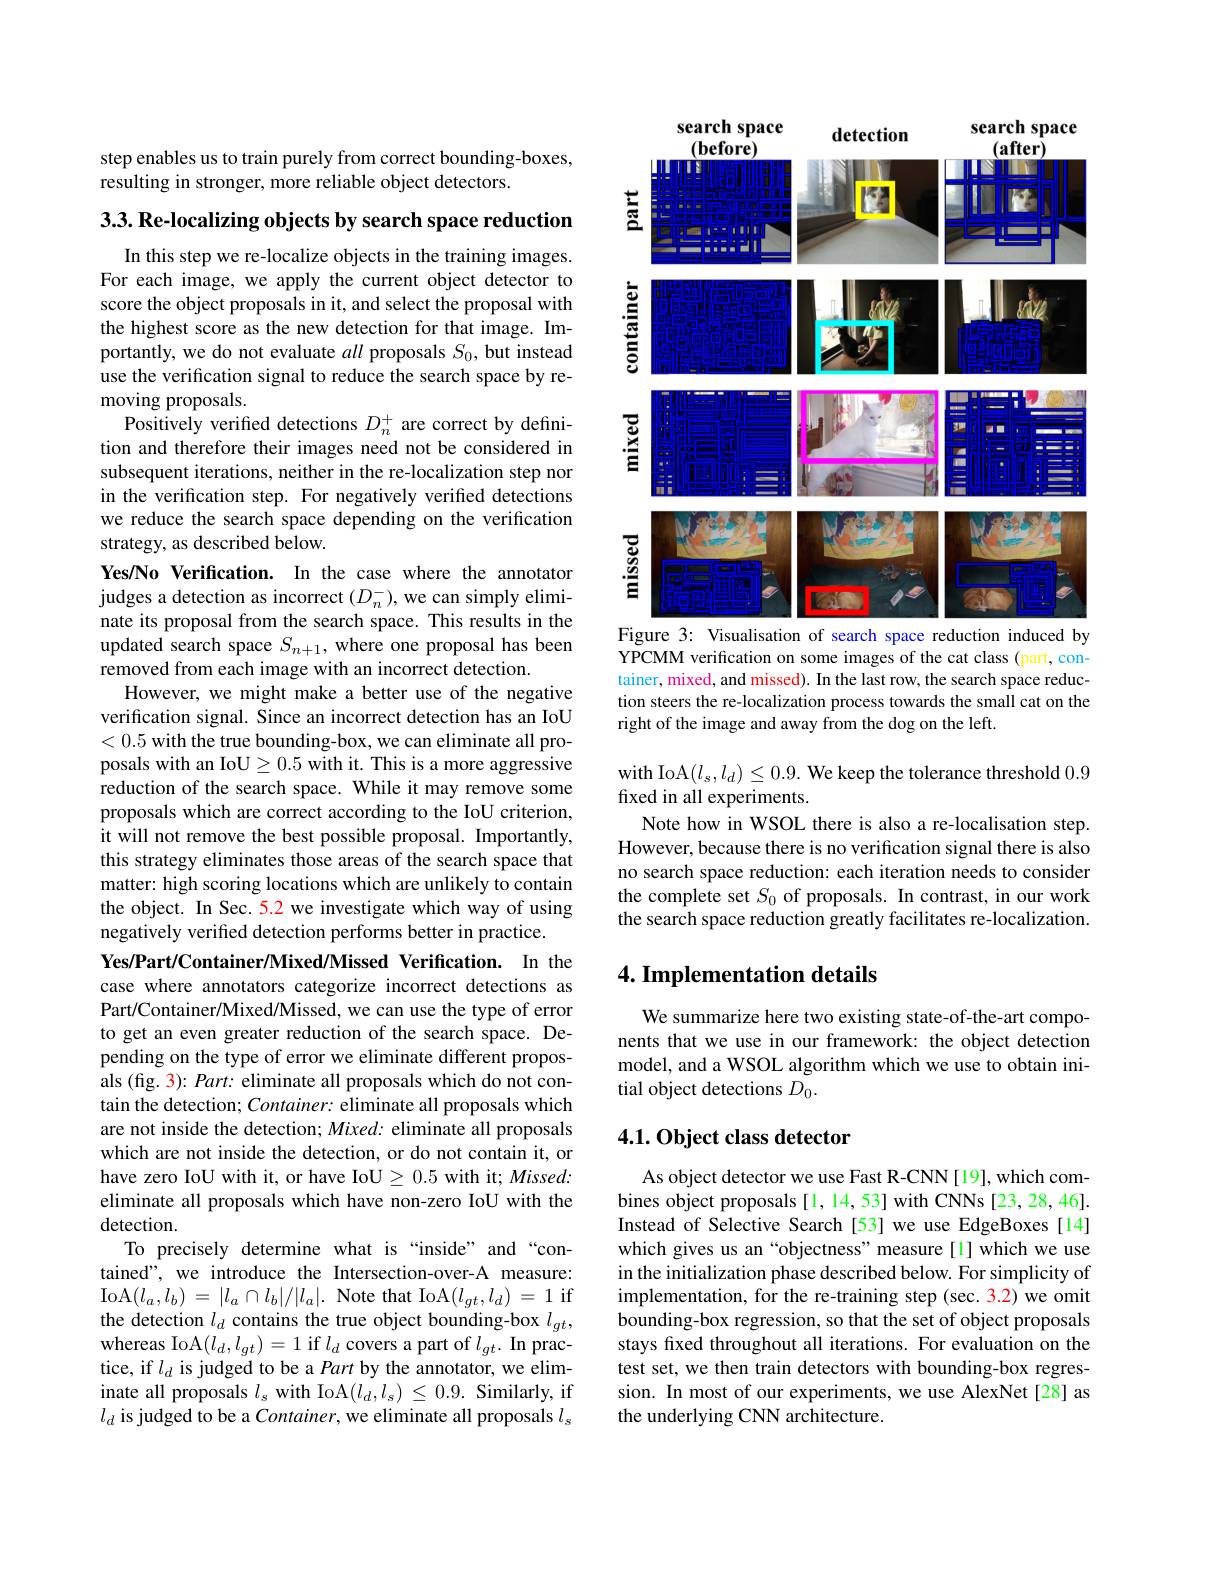
step enables us to train purely from correct bounding-boxes,
resulting in stronger, more reliable object detectors.

$3. 3. \textbf{ Re- localizing objects by search space reduction}$

In this step we re-localize objects in the training images. For each image, we apply the current object detector to score the object proposals in it, and select the proposal with the highest score as the new detection for that image. Importantly, we do not evaluate all proposals $S_0$, but instead use the verification signal to reduce the search space by removing proposals.
Positively verified detections $D_n^+$ are correct by definition and therefore their images need not be considered in subsequent iterations, neither in the re-localization step nor in the verification step. For negatively verified detections we reduce the search space depending on the verification strategy, as described below.
Yes/No Verification. In the case where the annotator judges a detection as incorrect $(D_n^-)$, we can simply eliminate its proposal from the search space. This results in the updated search space $S_{n+1}$, where one proposal has been removed from each image with an incorrect detection.
However, we might make a better use of the negative verification signal. Since an incorrect detection has an IoU <0.5 with the true bounding-box, we can eliminate all proposals with an IoU $\geq0.5$ with it. This is a more aggressive reduction of the search space. While it may remove some proposals which are correct according to the IoU criterion, it will not remove the best possible proposal. Importantly, this strategy eliminates those areas of the search space that matter: high scoring locations which are unlikely to contain the object. In Sec. 5.2 we investigate which way of using negatively verified detection performs better in practice.
Yes/Part/Container/Mixed/Missed Verification. In the case where annotators categorize incorrect detections as Part/Container/Mixed/Missed, we can use the type of error to get an even greater reduction of the search space. Depending on the type of error we eliminate different proposals (fig. 3): Part: eliminate all proposals which do not contain the detection; Container: eliminate all proposals which are not inside the detection; $Mixed:$ eliminate all proposals which are not inside the detection, or do not contain it, or have zero IoU with it, or have IoU $\geq0.5$ with it; Missed: eliminate all proposals which have non-zero IoU with the detection.
To precisely determine what is “inside” and“contained", we introduce the Intersection-over-A measure: IoA$(l_a,l_b)=|l_a\cap l_b|/|l_a|.$Note that IoA$(l_gt,l_d)=1$if the detection $l_d$ contains the true object bounding-box $l_{gt}$, whereas IoA$(l_d,l_{gt})=1$ if $l_d$ covers a part of $l_gt.$ In practice, if $l_d$ is judged to be a Part by the annotator, we eliminate all proposals $l_s$ with IoA$(l_d,l_s)\leq0.9.$ Similarly, if $l_d$ is judged to be a Container, we eliminate all proposals $l_s$

<FigureHere>

Figure 3: Visualisation of search space reduction induced by

YPCMM verification on some images of the cat class (part, container, mixed, and missed). In the last row, the search space reduction steers the re-localization process towards the small cat on the right of the image and away from the dog on the left.

with IoA$(l_s,l_d)\leq0.9.$ We keep the tolerance threshold 0.9
fixed in all experiments.
Note how in WSOL there is also a re-localisation step. However, because there is no verification signal there is also no search space reduction: each iteration needs to consider the complete set $S_0$ of proposals. In contrast, in our work the search space reduction greatly facilitates re-localization.

## 4. Implementation details

We summarize here two existing state-of-the-art components that we use in our framework: the object detection model, and a WSOL algorithm which we use to obtain initial object detections $D_0.$

## 4.1. Object class detector

As object detector we use Fast R-CNN[19], which combines object proposals [1, 14, 53] with CNNs [23, 28, 46]. Instead of Selective Search [53] we use EdgeBoxes [14] which gives us an“objectness”measure[l] which we use in the initialization phase described below. For simplicity of implementation, for the re-training step (sec. 3.2) we omit bounding-box regression, so that the set of object proposals stays fxed throughout all iterations. For evaluation on the test set, we then train detectors with bounding-box regression. In most of our experiments, we use AlexNet[28] as the underlying CNN architecture.